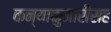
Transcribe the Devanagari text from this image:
कन्याकुमारीसह